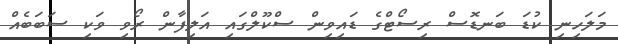
މަލަހިނި ކުޑަ ބަނޑޮސް ރިސޯޓްގެ ޑައިވިން ސްކޫލްގައި އަލިފާން ރޯވި ވަކި ސަބަބެއް